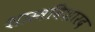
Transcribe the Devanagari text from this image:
शास्त्रविशारद